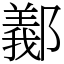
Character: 䣡